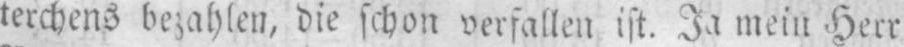
terchens bezahlen, die schon verfallen ist. Ja mein Herr